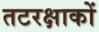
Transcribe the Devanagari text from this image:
तटरक्षाकों